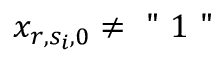
x _ { r , s _ { i } , 0 } \neq \mathrm { ~ " ~ } 1 \mathrm { ~ " ~ }